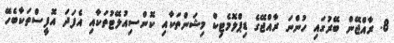
8. ރާއްޖޭން ބޭރުގައި ހުންނަ ރާއްޖޭގެ ޑިޕްލޮމެޓިކް މިޝަންތަކާއި ކޮންސިއުލޭޓުތަކާއި އެފަދަ އޮފީސްތަކާބެހޭ